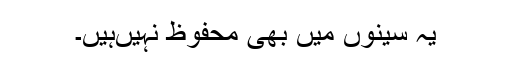
یہ سینوں میں بھی محفوظ نہیں‌ہیں۔